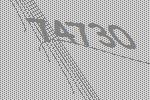
74730